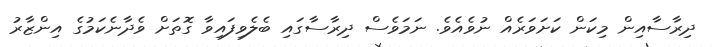
ދިރާސާއިން މިކަން ކަށަވަރެއް ނުވެއެވެ. ނަމަވެސް ދިރާސާގައި ބެލެވިފައިވާ ގޮތަށް ވެދާނެކަމުގެ އިންޒާރު